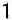
1